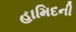
હામિદની